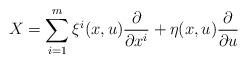
LaTeX: \begin{align*}X = \sum_{i=1}^{m} \xi^i(x,u) \frac{\partial}{\partial x^i} + \eta(x,u) \frac{\partial}{\partial u}\end{align*}